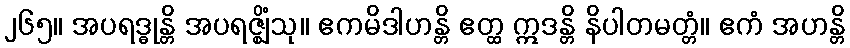
၂၆၅။ အပရဒ္ဓုန္တိ အပရဇ္ဈိံသု။ ဧကမိဒါဟန္တိ ဧတ္ထ ဣဒန္တိ နိပါတမတ္တံ။ ဧကံ အဟန္တိ